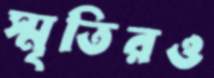
স্মৃতিরও